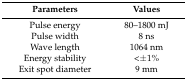
| Parameters | Values |
 | --- | --- |
 | Pulse energy | 80–1800 mJ |
 | Pulse width | 8 ns |
 | Wave length | 1064 nm |
 | Energy stability | <±1% |
 | Exit spot diameter | 9 mm |